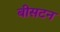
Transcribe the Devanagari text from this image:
बीसटन